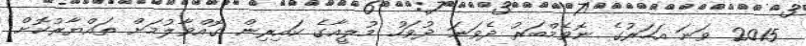
2015 ވަނަ އަހަރުގެ ނޮވެމްބަރު ދެވަނަ ދުވަހު މުލީއާގެ ކައިރިން ގޮއްވާލުމަށް ތައްޔާރުކޮށް